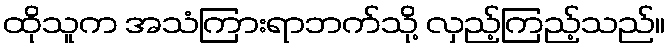
ထိုသူက အသံကြားရာဘက်သို့ လှည့်ကြည့်သည်။